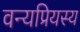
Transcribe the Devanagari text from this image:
वन्यप्रियस्य